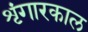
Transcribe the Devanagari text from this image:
शृंगारकाल